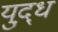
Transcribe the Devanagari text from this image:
युद़्ध